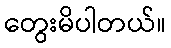
တွေးမိပါတယ်။